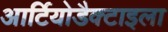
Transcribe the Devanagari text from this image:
आर्टियोडैक्टाइला